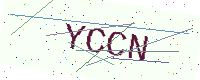
Text: YCCN